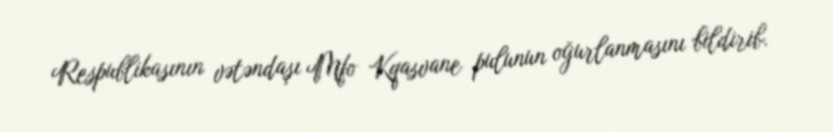
Respublikasının vətəndaşı Mfo Kqasvane pulunun oğurlanmasını bildirib.